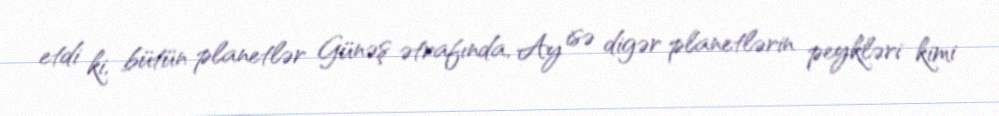
etdi ki, bütün planetlər Günəş ətrafında, Ay isə digər planetlərin peykləri kimi